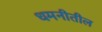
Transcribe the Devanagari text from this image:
धमनीतील